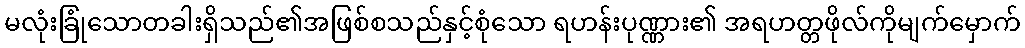
မလုံးခြုံသောတခါးရှိသည်၏အဖြစ်စသည်နှင့်စုံသော ရဟန်းပုဏ္ဏား၏ အရဟတ္တဖိုလ်ကိုမျက်မှောက်